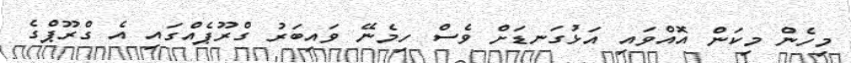
މިހެން މިކަން އޮއްވައި އަޅުގަނޑަށް ވެސް ހިމެނޭ ވައިބަރު ގްރޫޕެއްގައި އެ ގްރޫޕްގެ